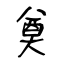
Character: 奠